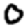
Digit: 0